Source: Handwritten
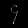
Digit: ၄ (4)